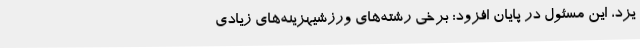
یزد، این مسئول در پایان افزود: برخی رشته‌های ورزشیهزینه‌های زیادی